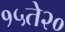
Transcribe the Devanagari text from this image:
१५ते२०